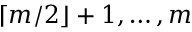
\lceil m / 2 \rfloor + 1 , \ldots , m